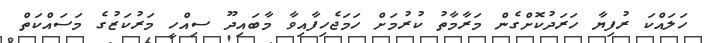
ހަލައްކަ ރުފިޔާ ހަރަދުކޮށްގެން މަރާމާތު ކުރުމަށް ހަމަޖެހިފާއިވާ މާބައިދޫ ސިއްހީ މަރުކަޒުގެ މަސައްކަތް